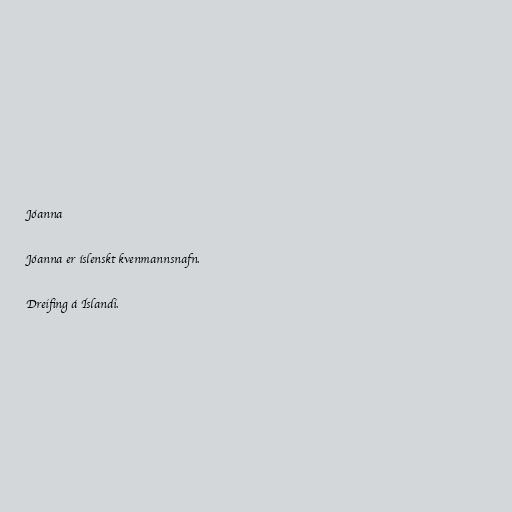
Jóanna

Jóanna er íslenskt kvenmannsnafn.

Dreifing á Íslandi.